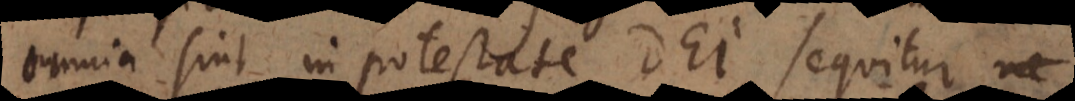
omnia sint in potestate Dei, sequitur